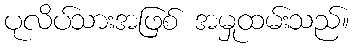
ပုလိပ်သားအဖြစ် အမှုထမ်းသည်။